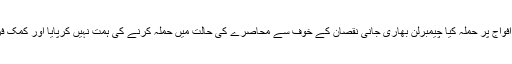
23 ستمبر کو رات ختم ہوتے ہی انقلابیوں نے برطانوی افواج پر حملہ کیا چیمبرلن بھاری جانی نقصان کے خوف سے محاصرے کی حالت میں حملہ کرنے کی ہمت نہیں کرپایا اور کمک فراہم کرنے کیلئے پیغام بھیج کر اس کا انتظار کرنے لگا۔